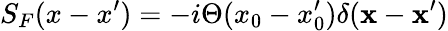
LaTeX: S_{F}(x-x^{\prime})=-i\Theta(x_{0}-x_{0}^{\prime})\delta({\mathbf x}-{\mathbf x}^{\prime})